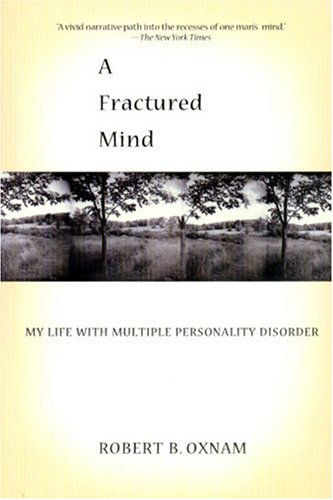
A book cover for A Fractured Mind: My Life with Multiple Personality Disorder; Robert B. Oxnam; Health, Fitness & Dieting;